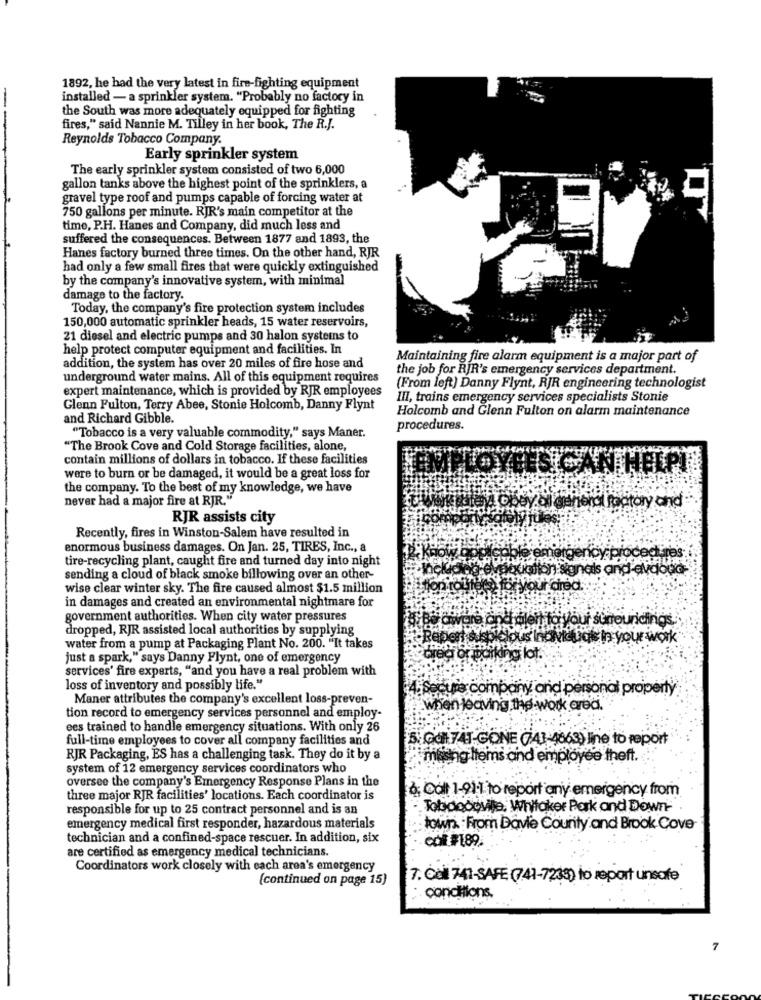
1892, he had the very latest in fire-fighting equipment
installed - a sprinkler system. "Probably no factory in
the South was more adequately equipped for fighting
fires," said Nannie M. Tilley in her book, The R.J.
Reynolds Tobacco Company.
Early sprinkler system
The early sprinkler system consisted of two 6,000
gallon tanks above the highest point of the sprinklers, a
gravel type roof and pumps capable of forcing water at
750 gallons per minute. RJR's main competitor at the
time, P.H. Hanes and Company, did much less and
suffered the consequences. Between 1877 and 1893, the
Hanes factory burned three times. On the other hand, RJR
had only a few small fires that were quickly extinguished
by the company's innovative system, with minimal
damage to the factory.
Today, the company's fire protection system includes
150,000 automatic sprinkler heads, 15 water reservoirs,
21 diesel and electric pumps and 30 halon systems to
help protect computer equipment and facilities. In
Maintaining fire alarm equipment is a major part of
addition, the system has over 20 miles of fire hose and
the job for RJR's emergency services department.
underground water mains. All of this equipment requires
expert maintenance, which is provided by RJR employees
(From left) Danny Flynt, RJR engineering technologist
III, trains emergency services specialists Stonie
Glenn Fulton, Terry Abee, Stonie Holcomb, Danny Flynt
Holcomb and Glenn Fulton on alarm maintenance
and Richard Gibble.
procedures.
"Tobacco is a very valuable commodity," says Maner.
"The Brook Cove and Cold Storage facilities, alone,
contain millions of dollars in tobacco. If these facilities
were to burn or be damaged, it would be a great loss for
the company. To the best of my knowledge, we have
never had a major fire at RJR."
fall general factory and
RJR assists city
Recently, fires in Winston-Salem have resulted in
enormous business damages. On Jan. 25, TIRES, Inc ., a
tire-recycling plant, caught fire and turned day into night
ergency procedures
xiation signals and -avaoud-
sending a cloud of black smoke billowing over an other-
wise clear winter sky. The fire caused almost $1.5 million
your dired
in damages and created an environmental nightmare for
government authorities. When city water pressures
If surrouridings.
dropped, RJR assisted local authorities by supplying
Ilous Inoviduas in your work
water from a pump at Packaging Plant No. 200. "It takes
just a spark," says Danny Flynt, one of emergency
Forparking lot.
services' fire experts, "and you have a real problem with
loss of inventory and possibly life."
Secure company and personal property
Maner attributes the company's excellent loss-preven-
when leaving the work area.
tion record to emergency services personnel and employ-
ees trained to handle emergency situations. With only 26
full-time employees to cover all company facilities and
5: 001741-GONE (743-4663) line to report
RJR Packaging, ES has a challenging task. They do it by a
masing Items and employee theft.
system of 12 emergency services coordinators who
oversee the company's Emergency Response Plans in the
6. Cdlt 1-911 to report any emergency from
three major RJR facilities' locations. Each coordinator is
responsible for up to 25 contract personnel and is an
Toledoouvite, Whitaker Pork and Down-
emergency medical first responder, hazardous materials
town :From Davie County and Brook Cove
technician and a confined-space rescuer. In addition, six
col #189
are certified as emergency medical technicians.
Coordinators work closely with each area's emergency
(continued on page 15)
7. Col 741-SAFE (741-7238) to report unsafe
conditions.
7